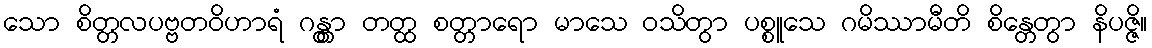
သော စိတ္တလပဗ္ဗတဝိဟာရံ ဂန္တွာ တတ္ထ စတ္တာရော မာသေ ဝသိတွာ ပစ္စူသေ ဂမိဿာမီတိ စိန္တေတွာ နိပဇ္ဇိ။